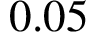
0 . 0 5